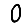
Digit: 0